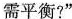
需平衡?”